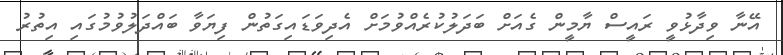
އޭނާ ވިދާޅުވީ ރައީސް ޔާމީން ގެއަށް ބަދަލުކުރެއްވުމަށް އެދިވަޑައިގަތުން ފިޔަވާ ބައްދަލުވުމުގައި އިތުރު